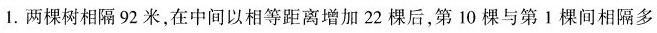
1.两棵树相隔92米，在中间以相等距离增加22棵后，第10棵与第1棵间相隔多